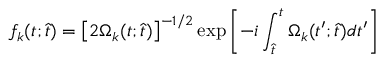
f _ { k } ( t ; \hat { t } ) = \left[ 2 \Omega _ { k } ( t ; \hat { t } ) \right] ^ { - 1 / 2 } \exp \left[ - i \int _ { \hat { t } } ^ { t } \Omega _ { k } ( t ^ { \prime } ; \hat { t } ) d t ^ { \prime } \right]